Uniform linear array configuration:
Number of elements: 16
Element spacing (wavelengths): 0.75
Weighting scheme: hann
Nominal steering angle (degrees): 45
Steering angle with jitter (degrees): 44.034
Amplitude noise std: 0.05
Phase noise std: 0.05

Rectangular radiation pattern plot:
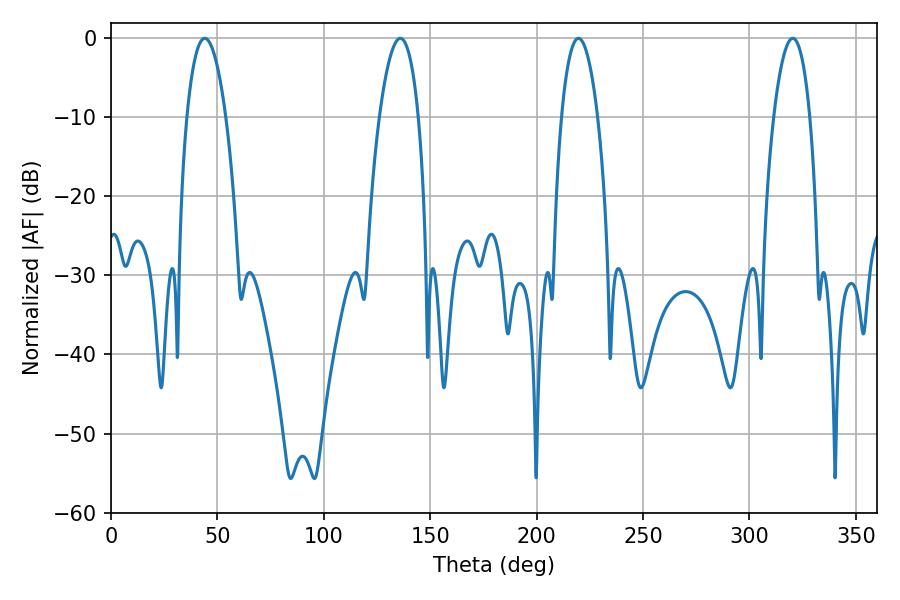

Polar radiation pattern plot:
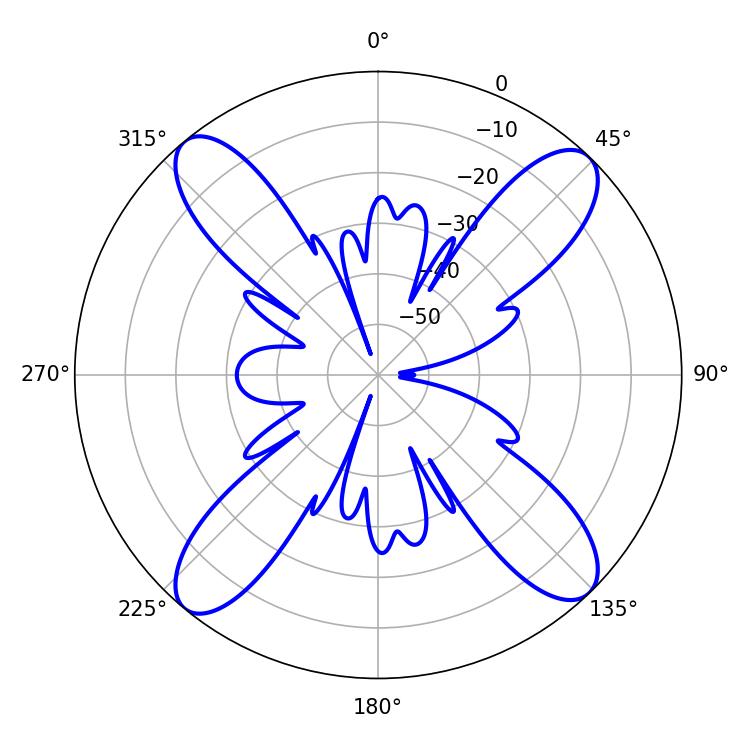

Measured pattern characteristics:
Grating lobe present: TRUE
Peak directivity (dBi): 17.085
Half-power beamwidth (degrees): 9.54
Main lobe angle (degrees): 219.6